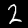
Label: 2